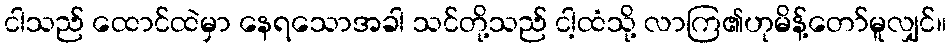
ငါသည် ထောင်ထဲမှာ နေရသောအခါ သင်တို့သည် ငါ့ထံသို့ လာကြ၏ဟုမိန့်တော်မူလျှင်။